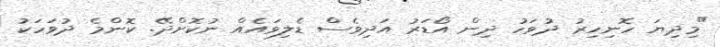
"މިދިޔަ ހޮނިހިރު ދުވަހު ދިން އޯޑަރު އަދިވެސް ޑެލިވައެއް ނުކޮށްދޭ. ކޮންމެ ދުވަހަކު